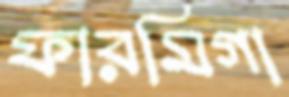
ফারমিগা